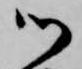
御